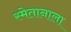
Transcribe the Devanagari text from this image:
स्मेतानाला